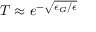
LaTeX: T \approx e ^ { - { \sqrt { \epsilon _ { G } / \epsilon } } }